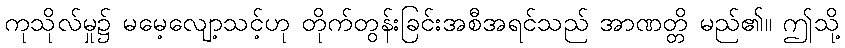
ကုသိုလ်မှု၌ မမေ့လျော့သင့်ဟု တိုက်တွန်းခြင်းအစီအရင်သည် အာဏတ္တိ မည်၏။ ဤသို့